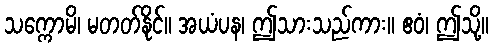
သက္ကောမိ၊ မတတ်နိုင်။ အယံပန၊ ဤသားသည်ကား။ ဧဝံ၊ ဤသို့။